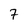
Character: 7